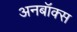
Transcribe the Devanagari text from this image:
अनबॉक्स